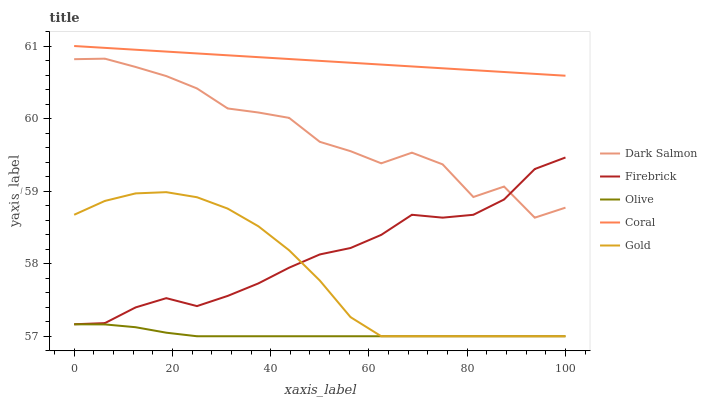
| xaxis_label | Dark Salmon | Firebrick | Olive | Coral | Gold |
 | --- | --- | --- | --- | --- | --- |
 | 0 | 60.8 | 57.2 | 57.2 | 61 | 58.7 |
 | 6.25 | 60.8 | 57.2 | 57.2 | 61 | 58.9 |
 | 12.5 | 60.7 | 57.4 | 57.1 | 60.9 | 59 |
 | 18.8 | 60.6 | 57.5 | 57 | 60.9 | 59 |
 | 25 | 60.4 | 57.4 | 57 | 60.9 | 58.9 |
 | 31.2 | 60.1 | 57.6 | 57 | 60.9 | 58.8 |
 | 37.5 | 60.1 | 57.7 | 57 | 60.8 | 58.5 |
 | 43.8 | 60 | 57.9 | 57 | 60.8 | 58.2 |
 | 50 | 59.7 | 58.1 | 57 | 60.8 | 57.8 |
 | 56.2 | 59.6 | 58.2 | 57 | 60.8 | 57.3 |
 | 62.5 | 59.4 | 58.4 | 57 | 60.7 | 57 |
 | 68.8 | 59.5 | 58.7 | 57 | 60.7 | 57 |
 | 75 | 59.4 | 58.6 | 57 | 60.7 | 57 |
 | 81.2 | 58.9 | 58.7 | 57 | 60.7 | 57 |
 | 87.5 | 59.1 | 58.9 | 57 | 60.6 | 57 |
 | 93.8 | 58.6 | 59.3 | 57 | 60.6 | 57 |
 | 100 | 58.8 | 59.5 | 57 | 60.6 | 57 |